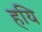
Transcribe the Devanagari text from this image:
हयि